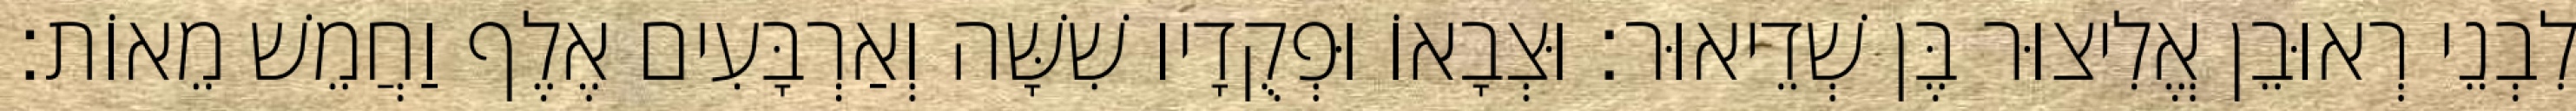
לִבְנֵי רְאוּבֵן אֱלִיצוּר בֶּן שְׁדֵיאוּר׃ וּצְבָאוֹ וּפְקֻדָיו שִׁשָּׁה וְאַרְבָּעִים אֶלֶף וַחֲמֵשׁ מֵאוֹת׃